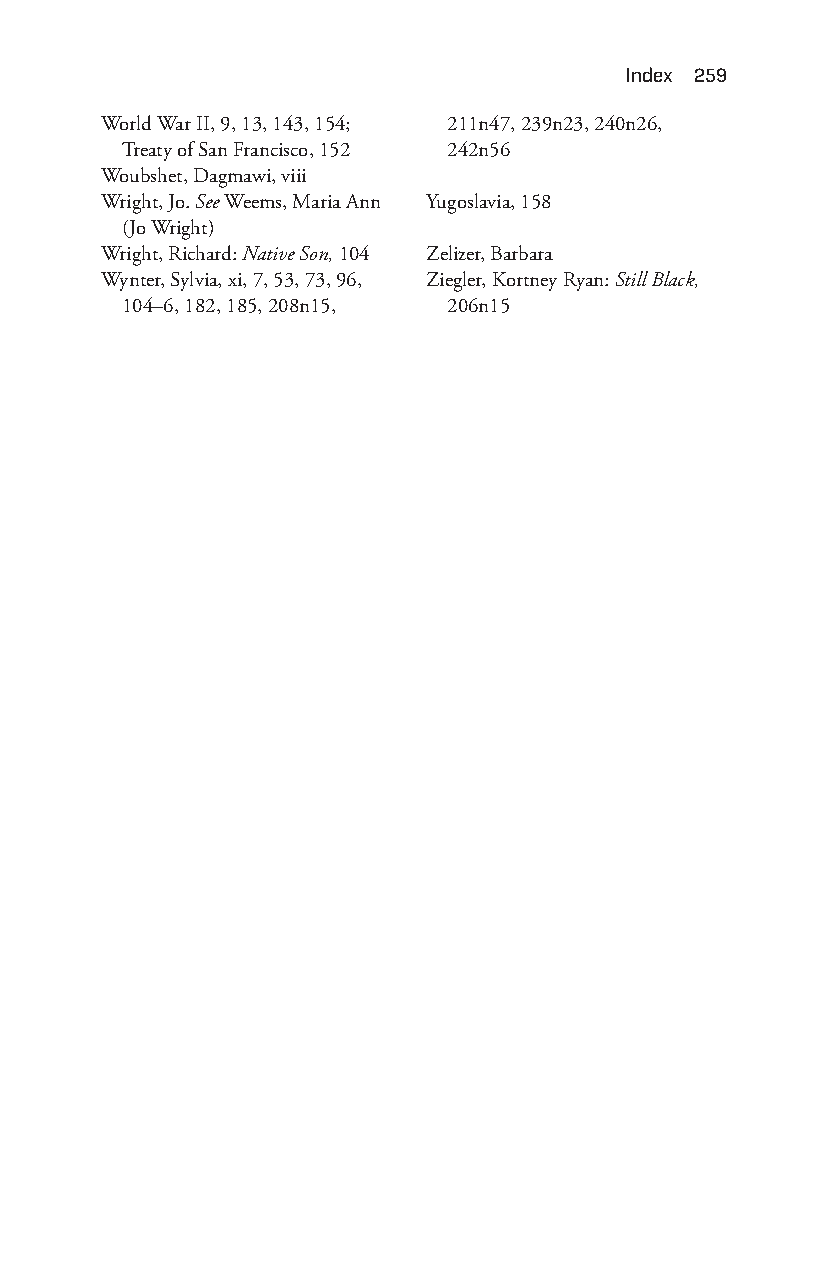
index 259
 World War II, 9, 13, 143, 154; 211n47, 239n23, 240n26,
 Treaty of San Francisco, 152 242n56
 Woubshet, Dagmawi, viii
 Wright, Jo. See Weems, Maria Ann Yugoslavia, 158
 (Jo Wright)
 Wright, Richard: Native Son, 104 Zelizer, Barbara
 Wynter, Sylvia, xi, 7, 53, 73, 96, Ziegler, Kortney Ryan: Still Black,
 104–6, 182, 185, 208n15, 206n15
 Snorton.indd 259                            29/09/2017 8:41:14 AM